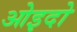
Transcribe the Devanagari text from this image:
ओइदो